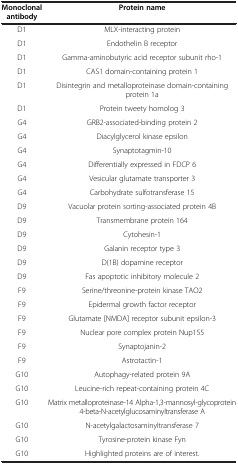
| Monoclonal antibody | Protein name |
 | --- | --- |
 | D1 | MLX-interacting protein |
 | D1 | Endothelin B receptor |
 | D1 | Gamma-aminobutyric acid receptor subunit rho-1 |
 | D1 | CAS1 domain-containing protein 1 |
 | D1 | Disintegrin and metalloproteinase domain-containing protein 1a |
 | D1 | Protein tweety homolog 3 |
 | G4 | GRB2-associated-binding protein 2 |
 | G4 | Diacylglycerol kinase epsilon |
 | G4 | Synaptotagmin-10 |
 | G4 | Differentially expressed in FDCP 6 |
 | G4 | Vesicular glutamate transporter 3 |
 | G4 | Carbohydrate sulfotransferase 15 |
 | D9 | Vacuolar protein sorting-associated protein 4B |
 | D9 | Transmembrane protein 164 |
 | D9 | Cytohesin-1 |
 | D9 | Galanin receptor type 3 |
 | D9 | D(1B) dopamine receptor |
 | D9 | Fas apoptotic inhibitory molecule 2 |
 | F9 | Serine/threonine-protein kinase TAO2 |
 | F9 | Epidermal growth factor receptor |
 | F9 | Glutamate [NMDA] receptor subunit epsilon-3 |
 | F9 | Nuclear pore complex protein Nup155 |
 | F9 | Synaptojanin-2 |
 | F9 | Astrotactin-1 |
 | G10 | Autophagy-related protein 9A |
 | G10 | Leucine-rich repeat-containing protein 4C |
 | G10 | Matrix metalloproteinase-14 Alpha-1,3-mannosyl-glycoprotein 4-beta-N-acetylglucosaminyltransferase A |
 | G10 | N-acetylgalactosaminyltransferase 7 |
 | G10 | Tyrosine-protein kinase Fyn |
 | G10 | Highlighted proteins are of interest. |